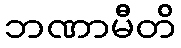
ဘဏာမီတိ